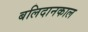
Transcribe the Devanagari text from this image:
बलिदानकाल